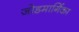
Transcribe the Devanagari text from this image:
जोडमार्गिका